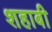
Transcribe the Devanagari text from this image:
शहाबी